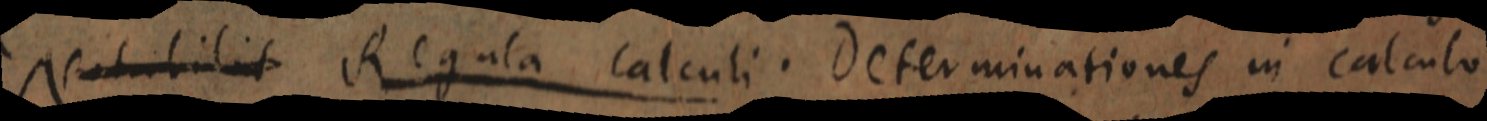
Notabilis Regula calculi. Determinationes in calculo